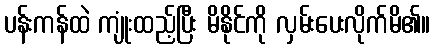
ပန်းကန်ထဲ ကျုံးထည့်ပြီး မိနိုင်ကို လှမ်းပေးလိုက်မိ၏။